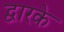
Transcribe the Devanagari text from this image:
द्वारके